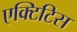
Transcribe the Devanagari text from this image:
एक्टिटिस